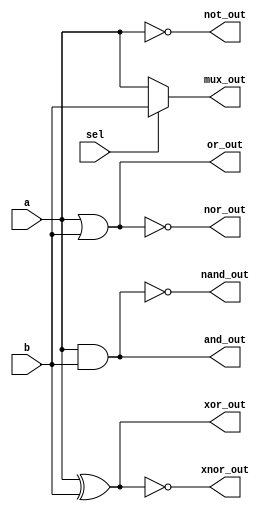
module covered_cells (
    input wire a,       // Input A
    input wire b,       // Input B
    input wire sel,     // Selector for multiplexer
    output wire and_out, // AND output
    output wire or_out,  // OR output
    output wire not_out, // NOT output
    output wire nand_out, // NAND output
    output wire nor_out,  // NOR output
    output wire xor_out,  // XOR output
    output wire xnor_out, // XNOR output
    output wire mux_out   // Multiplexer output
);

// Basic Logic Functions
assign and_out = a & b;         // AND
assign or_out = a | b;          // OR
assign not_out = ~a;            // NOT
assign nand_out = ~(a & b);     // NAND
assign nor_out = ~(a | b);      // NOR
assign xor_out = a ^ b;         // XOR
assign xnor_out = ~(a ^ b);     // XNOR

// Multiplexer Implementation
assign mux_out = sel ? b : a;   // 2-to-1 Multiplexer

endmodule